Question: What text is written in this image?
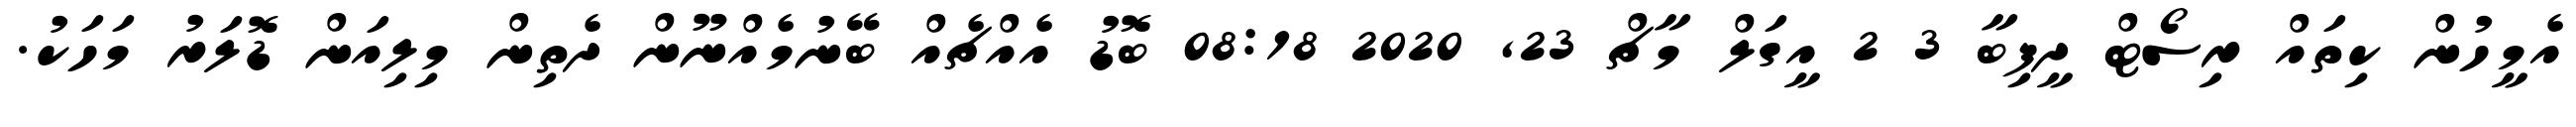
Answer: އެމީހުން ކިތައް ރިސޯޓް ދީފިބާ 3 2 އީގަލް މާޗް 23, 2020 08:18 ބޮޑު އެއްޗެއް ބޭނުމެއްނޫން ދެތިން މިލިއަން ޑޮލަރު މަހަކު.